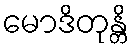
မောဒိတုန္တိ